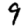
Digit: 9